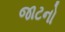
જાટનો